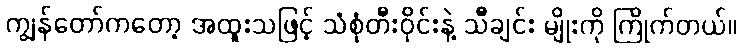
ကျွန်တော်ကတော့ အထူးသဖြင့် သံစုံတီးဝိုင်းနဲ့ သီချင်း မျိုးကို ကြိုက်တယ်။